Report of the Indian Hemp Drugs Commission, 1894-1895 - Volume V
Year: 1894
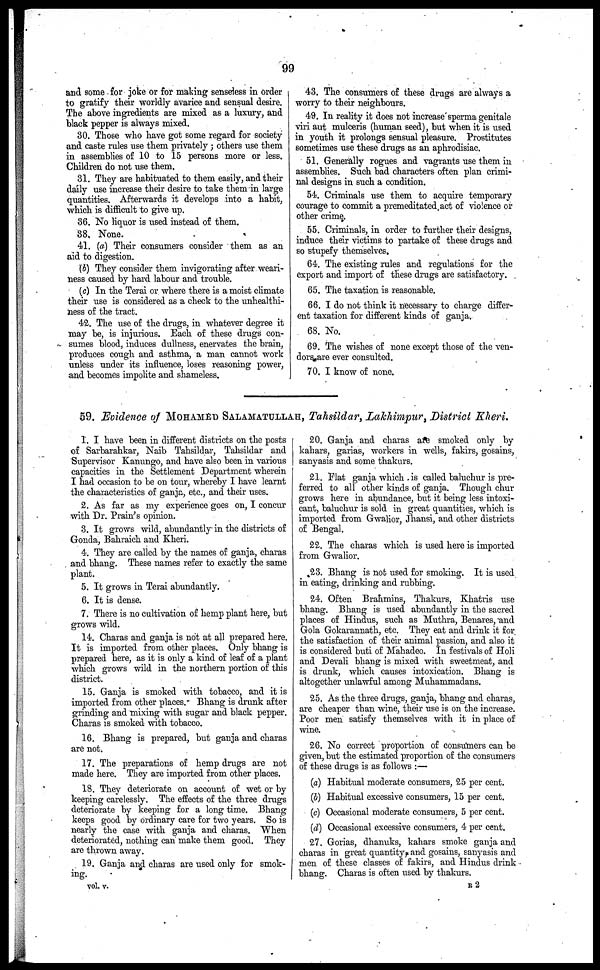
99
and some for joke or for making senseless in order
to gratify their worldly avarice and sensual desire.
The above ingredients are mixed as a luxury, and
black pepper is always mixed.
30. Those who have got some regard for society
and caste rules use them privately ; others use them
in assemblies of 10 to 15 persons more or less.
Children do not use them.
31. They are habituated to them easily, and their
daily use increase their desire to take them in large
quantities. Afterwards it develops into a habit,
which is difficult to give up.
36. No liquor is used instead of them.
38. None.
41. (a) Their consumers consider them as an
aid to digestion.
(b) They consider them invigorating after weari-
ness caused by hard labour and trouble.
(c) In the Terai or where there is a moist climate
their use is considered as a check to the unhealthi-
ness of the tract.
42. The use of the drugs, in whatever degree it
may be, is injurious. Each of these drugs con-
sumes blood, induces dullness, enervates the brain,
produces cough and asthma, a man cannot work
unless under its influence, loses reasoning power,
and becomes impolite and shameless.
43. The consumers of these drugs are always a
worry to their neighbours.
49. In reality it does not increase sperma genitale
viri aut mulceris (human seed), but when it is used
in youth it prolongs sensual pleasure. Prostitutes
sometimes use these drugs as an aphrodisiac.
51. Generally rogues and vagrants use them in
assemblies. Such bad characters often plan crimi-
nal designs in such a condition.
54. Criminals use them to acquire temporary
courage to commit a premeditated act of violence or
other crime.
55. Criminals, in order to further their designs,
induce their victims to partake of these drugs and
so stupefy themselves.
64. The existing rules and regulations for the
export and import of these drugs are satisfactory.
65. The taxation is reasonable.
66. I do not think it necessary to charge differ-
ent taxation for different kinds of ganja.
68. No.
69. The wishes of none except those of the ven-
dors are ever consulted.
70. I know of none.
59. Evidence of MOHAMED SALAMATULLAH, Tahsildar, Lakhimpur, District Kheri.
1. I have been in different districts on the posts
of Sarbarahkar, Naib Tahsildar, Tahsildar and
Supervisor Kanungo, and have also been in various
capacities in the Settlement Department wherein
I had occasion to be on tour, whereby I have learnt
the characteristics of ganja, etc., and their uses.
2. As far as my experience goes on, I concur
with Dr. Plain's opinion.
3. It grows wild, abundantly in the districts of
Gonda, Bahtaich and Kheri.
4. They are called by the names of ganja, charas
and bhang. These names refer to exactly the same
plant.
5. It grows in Terai abundantly.
6. It is dense.
7. There is no cultivation of hemp plant here, but
grows wild.
14. Charas and ganja is not at all prepared here.
It is imported from other places. Only bhang is
prepared here, as it is only a kind of leaf of a plant
which grows wild in the northern portion of this
district.
15. Ganja is smoked with tobacco, and it is
imported from other places. Bhang is drunk after
grinding and mixing with sugar and black pepper.
Charas is smoked with tobacco.
16. Bhang is prepared, but ganja and charas
are not.
17. The preparations of hemp drugs are not
made here. They are imported from other places.
18. They deteriorate on account of wet or by
keeping carelessly. The effects of the three drugs
deteriorate by keeping for a long time. Bhang
keeps good by ordinary care for two years. So is
nearly the case with ganja and charas. When
deteriorated, nothing can make them good. They
are thrown away.
19. Ganja and charas are used only for smok-
ing.
20. Ganja and charas are smoked only by
kahars, garias, workers in wells, fakirs, gosains,
sanyasis and some thakurs.
21. Flat ganja which is called baluchur is pre-
ferred to all other kinds of ganja. Though chur
grows here in abundance, but it being less intoxi-
cant, baluchur is sold in great quantities, which is
imported from Gwallor, Jhansi, and other districts
of Bengal.
22. The charas which is used here is imported
from Gwalior.
23. Bhang is not used for smoking. It is used
in eating, drinking and rubbing.
24. Often Brahmins, Thakurs, Khatris use
bhang. Bhang is used abundantly in the sacred
places of Hindus, such as Muthra, Benares, and
Gola Gokarannath, etc. They eat and drink it for
the satisfaction of their animal passion, and also it
is considered buti of Mahadeo. In festivals of Holi
and Devali bhang is mixed with sweetmeat, and
is drunk, which causes intoxication. Bhang is
altogether unlawful among Muhammadans.
25. As the three drugs, ganja, bhang and charas,
are cheaper than wine, their use is on the increase.
Poor men satisfy themselves with it in place of
wine.
26. No correct proportion of consumers can be
given, but the estimated proportion of the consumers
of these drugs is as follows :—
(a) Habitual moderate consumers, 25 per cent.
(b) Habitual excessive consumers, 15 per cent.
(c) Occasional moderate consumers, 5 per cent.
(d) Occasional excessive consumers, 4 per cent.
27. Gorias, dhanuks, kahars smoke ganja and
charas in great quantity, and gosains, sanyasis and
men of these classes of fakirs, and Hindus drink
bhang. Charas is often used by thakurs.
vol. v.
R 2